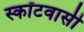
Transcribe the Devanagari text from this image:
स्कॉटवासी